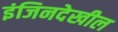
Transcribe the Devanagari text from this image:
इंजिनदेखील